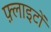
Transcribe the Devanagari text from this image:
फ़्लाइटों